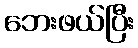
ဘေးဖယ်ပြီး